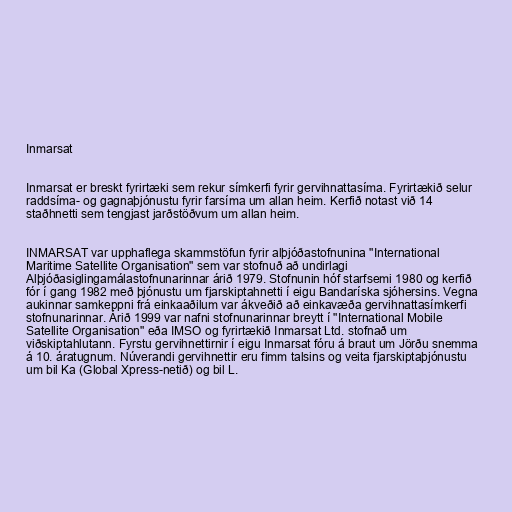
Inmarsat

Inmarsat er breskt fyrirtæki sem rekur símkerfi fyrir gervihnattasíma. Fyrirtækið selur
raddsíma- og gagnaþjónustu fyrir farsíma um allan heim. Kerfið notast við 14
staðhnetti sem tengjast jarðstöðvum um allan heim.

INMARSAT var upphaflega skammstöfun fyrir alþjóðastofnunina "International
Maritime Satellite Organisation" sem var stofnuð að undirlagi
Alþjóðasiglingamálastofnunarinnar árið 1979. Stofnunin hóf starfsemi 1980 og kerfið
fór í gang 1982 með þjónustu um fjarskiptahnetti í eigu Bandaríska sjóhersins. Vegna
aukinnar samkeppni frá einkaaðilum var ákveðið að einkavæða gervihnattasímkerfi
stofnunarinnar. Árið 1999 var nafni stofnunarinnar breytt í "International Mobile
Satellite Organisation" eða IMSO og fyrirtækið Inmarsat Ltd. stofnað um
viðskiptahlutann. Fyrstu gervihnettirnir í eigu Inmarsat fóru á braut um Jörðu snemma
á 10. áratugnum. Núverandi gervihnettir eru fimm talsins og veita fjarskiptaþjónustu
um bil Ka (Global Xpress-netið) og bil L.